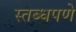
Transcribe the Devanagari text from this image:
स्तब्धपणे